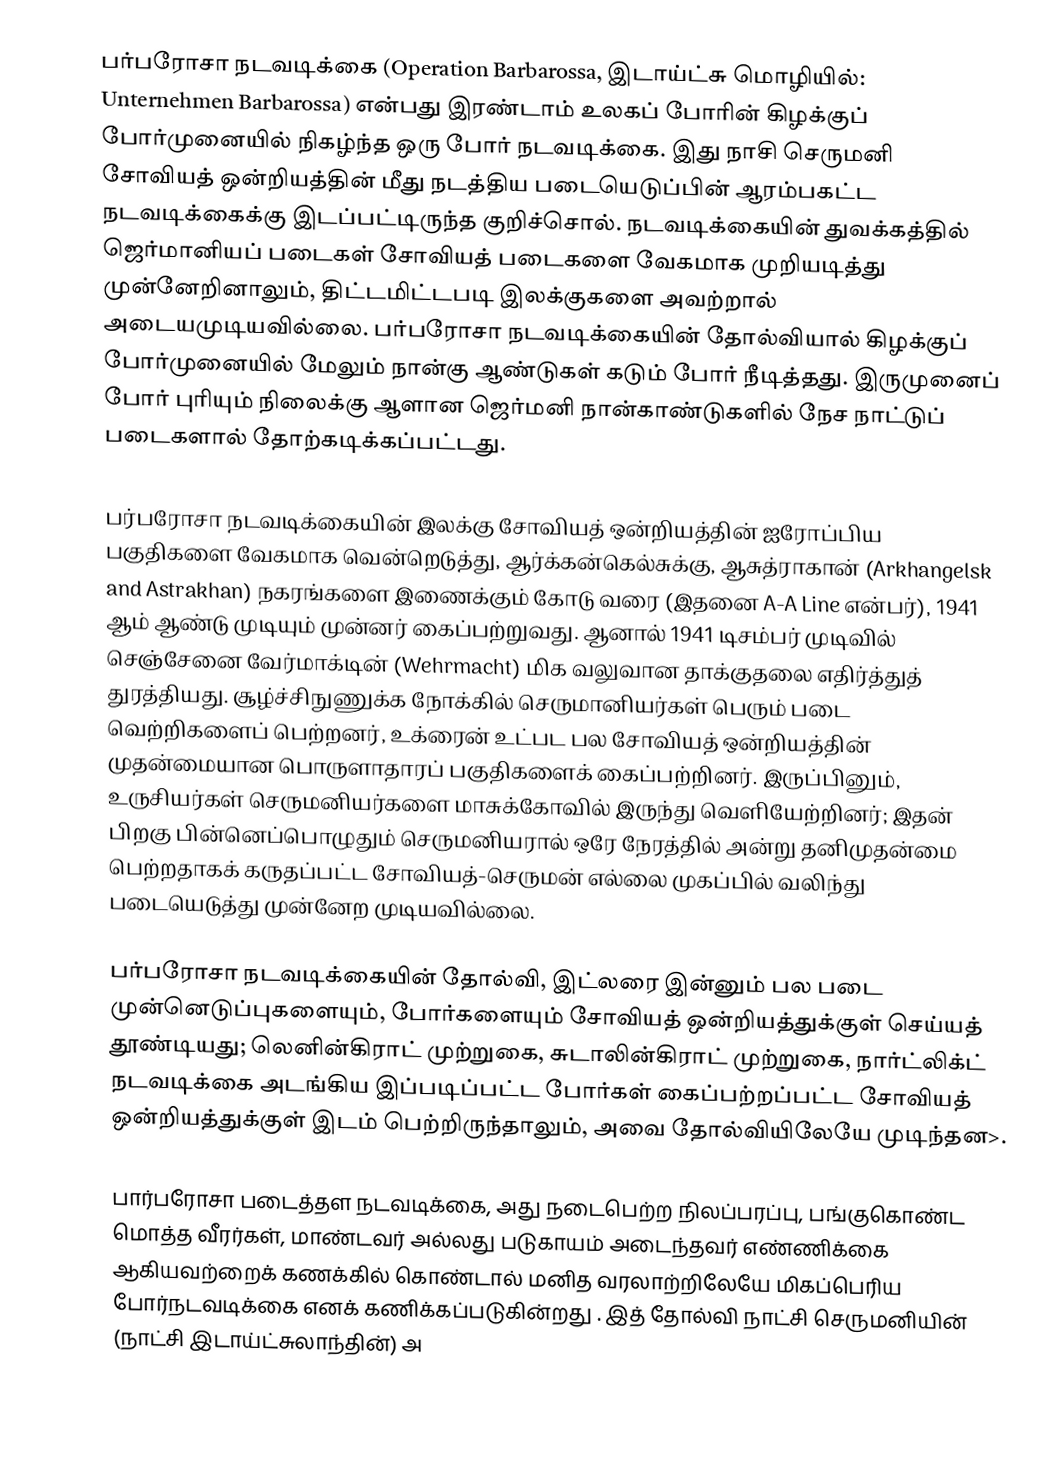
பர்பரோசா நடவடிக்கை (Operation Barbarossa, இடாய்ட்சு மொழியில்: Unternehmen Barbarossa) என்பது இரண்டாம் உலகப் போரின் கிழக்குப் போர்முனையில் நிகழ்ந்த ஒரு போர் நடவடிக்கை. இது நாசி செருமனி சோவியத் ஒன்றியத்தின் மீது நடத்திய படையெடுப்பின் ஆரம்பகட்ட நடவடிக்கைக்கு இடப்பட்டிருந்த குறிச்சொல். நடவடிக்கையின் துவக்கத்தில் ஜெர்மானியப் படைகள் சோவியத் படைகளை வேகமாக முறியடித்து முன்னேறினாலும், திட்டமிட்டபடி இலக்குகளை அவற்றால் அடையமுடியவில்லை. பர்பரோசா நடவடிக்கையின் தோல்வியால் கிழக்குப் போர்முனையில் மேலும் நான்கு ஆண்டுகள் கடும் போர் நீடித்தது. இருமுனைப் போர் புரியும் நிலைக்கு ஆளான ஜெர்மனி நான்காண்டுகளில் நேச நாட்டுப் படைகளால் தோற்கடிக்கப்பட்டது.

பர்பரோசா நடவடிக்கையின் இலக்கு சோவியத் ஒன்றியத்தின் ஐரோப்பிய பகுதிகளை வேகமாக வென்றெடுத்து, ஆர்க்கன்கெல்சுக்கு, ஆசுத்ராகான் (Arkhangelsk and Astrakhan) நகரங்களை இணைக்கும் கோடு வரை (இதனை A-A Line என்பர்), 1941 ஆம் ஆண்டு முடியும் முன்னர் கைப்பற்றுவது. ஆனால் 1941 டிசம்பர் முடிவில் செஞ்சேனை வேர்மாக்டின் (Wehrmacht) மிக வலுவான தாக்குதலை எதிர்த்துத் துரத்தியது. சூழ்ச்சிநுணுக்க நோக்கில் செருமானியர்கள் பெரும் படை வெற்றிகளைப் பெற்றனர், உக்ரைன் உட்பட பல சோவியத் ஒன்றியத்தின் முதன்மையான பொருளாதாரப் பகுதிகளைக் கைப்பற்றினர். இருப்பினும், உருசியர்கள் செருமனியர்களை மாசுக்கோவில் இருந்து வெளியேற்றினர்; இதன் பிறகு பின்னெப்பொழுதும் செருமனியரால் ஒரே நேரத்தில் அன்று தனிமுதன்மை பெற்றதாகக் கருதப்பட்ட சோவியத்-செருமன் எல்லை முகப்பில் வலிந்து படையெடுத்து முன்னேற முடியவில்லை.

பர்பரோசா நடவடிக்கையின் தோல்வி, இட்லரை இன்னும் பல படை முன்னெடுப்புகளையும், போர்களையும் சோவியத் ஒன்றியத்துக்குள் செய்யத் தூண்டியது; லெனின்கிராட் முற்றுகை, சுடாலின்கிராட் முற்றுகை, நார்ட்லிக்ட் நடவடிக்கை அடங்கிய இப்படிப்பட்ட போர்கள் கைப்பற்றப்பட்ட சோவியத் ஒன்றியத்துக்குள் இடம் பெற்றிருந்தாலும், அவை தோல்வியிலேயே முடிந்தன>.

பார்பரோசா படைத்தள நடவடிக்கை, அது நடைபெற்ற நிலப்பரப்பு, பங்குகொண்ட மொத்த வீரர்கள், மாண்டவர் அல்லது படுகாயம் அடைந்தவர் எண்ணிக்கை ஆகியவற்றைக் கணக்கில் கொண்டால் மனித வரலாற்றிலேயே மிகப்பெரிய போர்நடவடிக்கை எனக் கணிக்கப்படுகின்றது . இத் தோல்வி நாட்சி செருமனியின் (நாட்சி இடாய்ட்சுலாந்தின்) அ